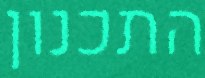
התכנון